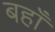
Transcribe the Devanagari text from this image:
बहाँ